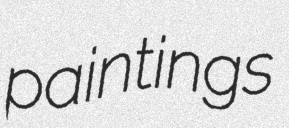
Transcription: paintings